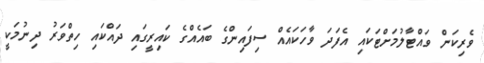
ވެރިކަން ވައްޓާލުމަށްޓަކައި އެފަދަ ވާހަކައެއް ސިފައިންގެ ބައެއްގެ ކައިރީގައި ދައްކައި ހިތްވަރު ދިނުމަކީ